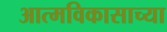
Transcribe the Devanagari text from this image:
आत्मविकासाच्या